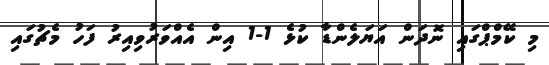
މި ކޭމްޕްގައި ނޮދަން އަޔަލެންޑާ ކުޅެ 1-1 އިން އެއްވަރުވިއިރު ފަހު މެޗުގައި